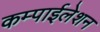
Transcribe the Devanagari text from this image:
कम्पाईलेशन